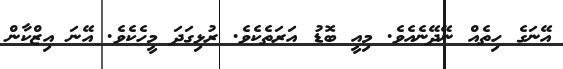
އޭނަގެ ހިތެއް ނޭދޭނެއެވެ. މިއީ ބޮޑު އަރަތެކެވެ. ރުޅިގަދަ މީހެކެވެ. އޭނަ އިޒްކާން